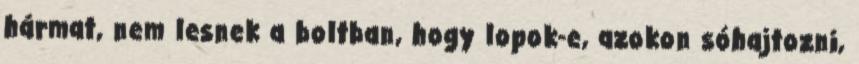
hármat, nem lesnek a boltban, hogy lopok-e, azokon sóhajtozni,